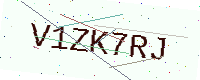
Text: V1ZK7RJ